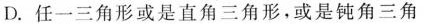
D.任一三角形或是直角三角形，或是钝角三角